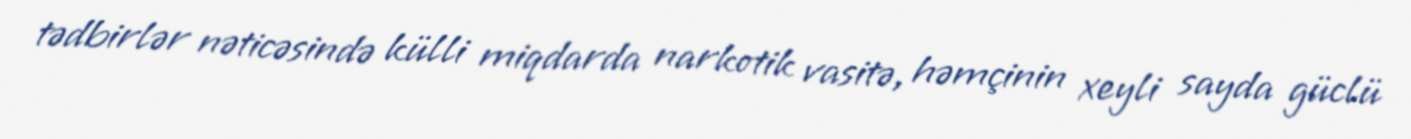
tədbirlər nəticəsində külli miqdarda narkotik vasitə, həmçinin xeyli sayda güclü